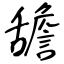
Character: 舚